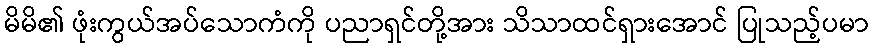
မိမိ၏ ဖုံးကွယ်အပ်သောကံကို ပညာရှင်တို့အား သိသာထင်ရှားအောင် ပြုသည့်ပမာ